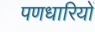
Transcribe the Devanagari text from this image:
पणधारियों